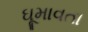
ઘૂમાવતા